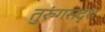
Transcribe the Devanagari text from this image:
तुरुंगसदृश